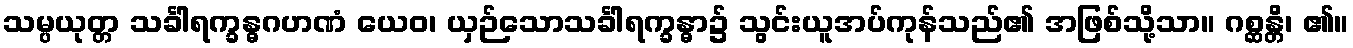
သမ္ပယုတ္တ သင်္ခါရက္ခန္ဓဂဟဏံ ယေဝ၊ ယှဉ်သောသင်္ခါရက္ခန္ဓာ၌ သွင်းယူအပ်ကုန်သည်၏ အဖြစ်သို့သာ။ ဂစ္ဆန္တိ၊ ၏။